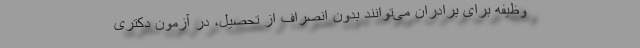
وظیفه برای برادران می‌توانند بدون انصراف از تحصیل، در آزمون دکتری